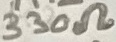
Text: 330Ω